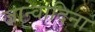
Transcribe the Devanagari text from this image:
जान्वादिना